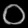
Digit: ၀